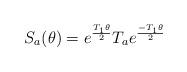
LaTeX: \begin{align*}S_a(\theta)=e^\frac{T_1\theta}{2} T_a e^\frac{-T_1\theta}{2}\end{align*}